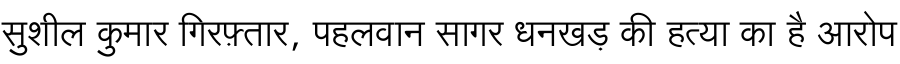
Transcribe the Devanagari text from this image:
सुशील कुमार गिरफ़्तार, पहलवान सागर धनखड़ की हत्या का है आरोप